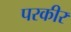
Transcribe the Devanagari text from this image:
परकीर